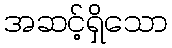
အဆင့်ရှိသော